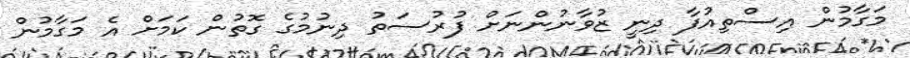
މަގާމުން އިސްތިއުފާ ދިނީ ޒުވާނުންނަށް ފުރުސަތު ދިނުމުގެ ގޮތުން ކަމަށް އެ މަގާމުން